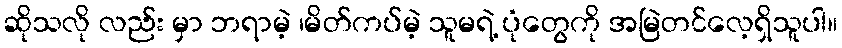
ဆိုသလို လည်း မှာ ဘရာမဲ့ ၊မိတ်ကပ်မဲ့ သူမရဲ့ ပုံတွေကို အမြဲတင်လေ့ရှိသူပါ။